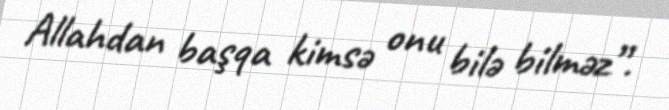
Allahdan başqa kimsə onu bilə bilməz”.